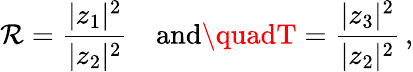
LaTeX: \mathcal{R}=\frac{{|z_{1}|^{2}}}{{|z_{2}|^{2}}}\quad\mathrm{{and}}\quadT=\frac{{|z_{3}|^{2}}}{{|z_{2}|^{2}}}\, ,